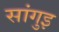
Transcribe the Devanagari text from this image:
सांगुइ